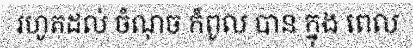
រហូតដល់ ចំណុច កំពូល បាន ក្នុង ពេល